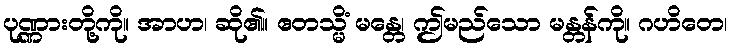
ပုဏ္ဏားတို့ကို။ အာဟ၊ ဆို၏။ ဧတသ္မိံ မန္တေ၊ ဤမည်သော မန္တန်ကို။ ဂဟိတေ၊